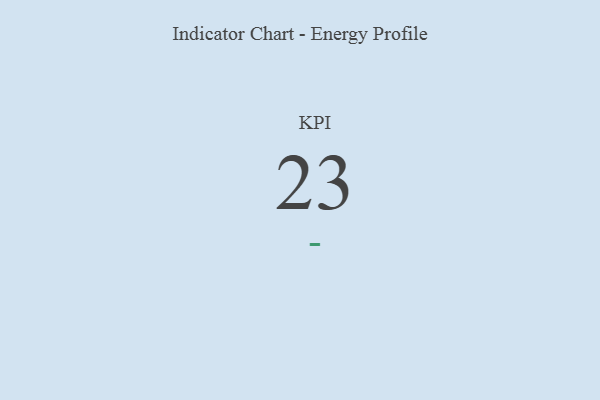
{"axis": {"x": "KPI", "y": "Value"}, "legend": [""], "data": [{"x": "KPI", "y": 23, "type": ""}]}